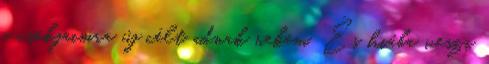
a csókjaimra új célt adnak nekem. És hiába veszi